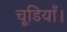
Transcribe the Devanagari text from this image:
चूडियाँ।